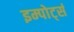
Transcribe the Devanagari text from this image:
इम्पोर्ट्स